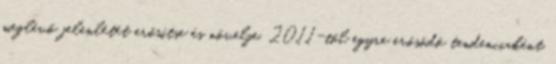
meglévő jelenlétét erősítse és növelje. 2011-től egyre erősödő tendenciaként